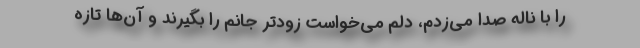
را با ناله صدا می‌زدم، دلم می‌خواست زودتر جانم را بگیرند و آن‌ها تازه